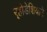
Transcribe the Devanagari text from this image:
र्‍होडेशियाने